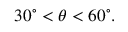
3 0 ^ { \circ } < \theta < 6 0 ^ { \circ } .